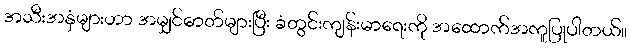
အသီးအနှံများဟာ အမျှင်ဓာတ်များပြီး ခံတွင်းကျန်းမာရေးကို အထောက်အကူပြုပါတယ်။